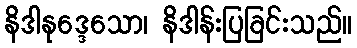
နိဒါနုဒ္ဒေသော၊ နိဒါန်းပြခြင်းသည်။